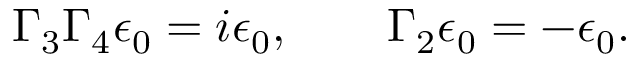
\Gamma _ { 3 } \Gamma _ { 4 } \epsilon _ { 0 } = i \epsilon _ { 0 } , \qquad \Gamma _ { 2 } \epsilon _ { 0 } = - \epsilon _ { 0 } .